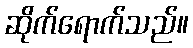
ဆိုက်ရောက်သည်။